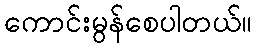
ကောင်းမွန်စေပါတယ်။